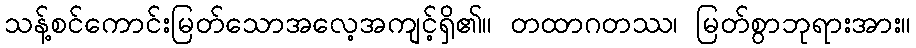
သန့်စင်ကောင်းမြတ်သောအလေ့အကျင့်ရှိ၏။ တထာဂတဿ၊ မြတ်စွာဘုရားအား။